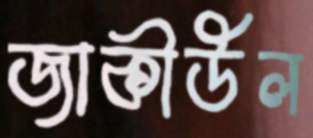
জাকীউল